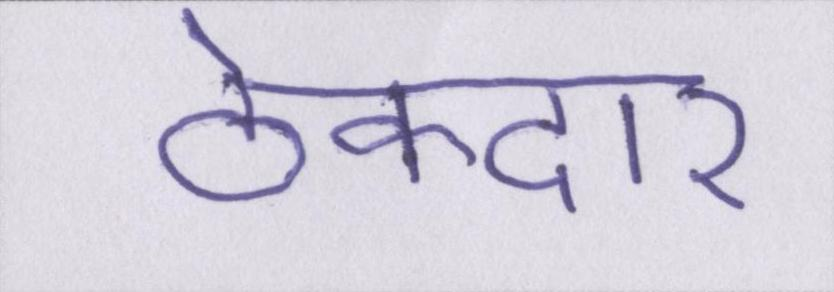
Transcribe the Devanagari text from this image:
ठेकेदार